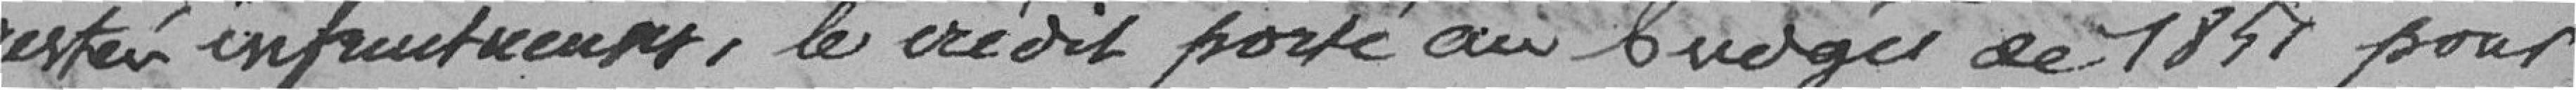
restées infructueuses, les crédits portés au budget de 1857 pour